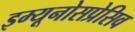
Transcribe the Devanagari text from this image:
इम्यूनोसप्रेसिव